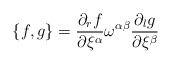
\begin{align*}\{f,g\}=\frac{\partial_rf}{\partial\xi^{\alpha}}\omega^{\alpha\beta}\frac{\partial_lg}{\partial\xi^{\beta}}\end{align*}